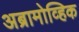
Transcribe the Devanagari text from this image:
अब्रामोव्हिक